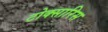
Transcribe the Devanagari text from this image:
टोक्सारिस